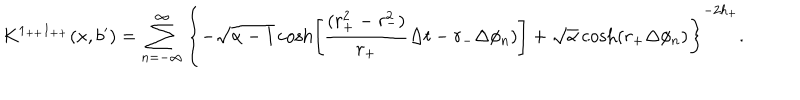
LaTeX: K ^ { 1 _ { + + } 1 _ { + + } } ( x , b ^ { \prime } ) = \sum _ { n = - \infty } ^ { \infty } \left\{ - \sqrt { \alpha - 1 } \cosh \left[ { \frac { ( r _ { + } ^ { 2 } - r _ { - } ^ { 2 } ) } { r _ { + } } } \Delta t - r _ { - } \Delta \phi _ { n } ) \right] + \sqrt { \alpha } \cosh ( r _ { + } \Delta \phi _ { n } ) \right\} ^ { - 2 h _ { + } } .